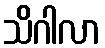
သိဂါလာ